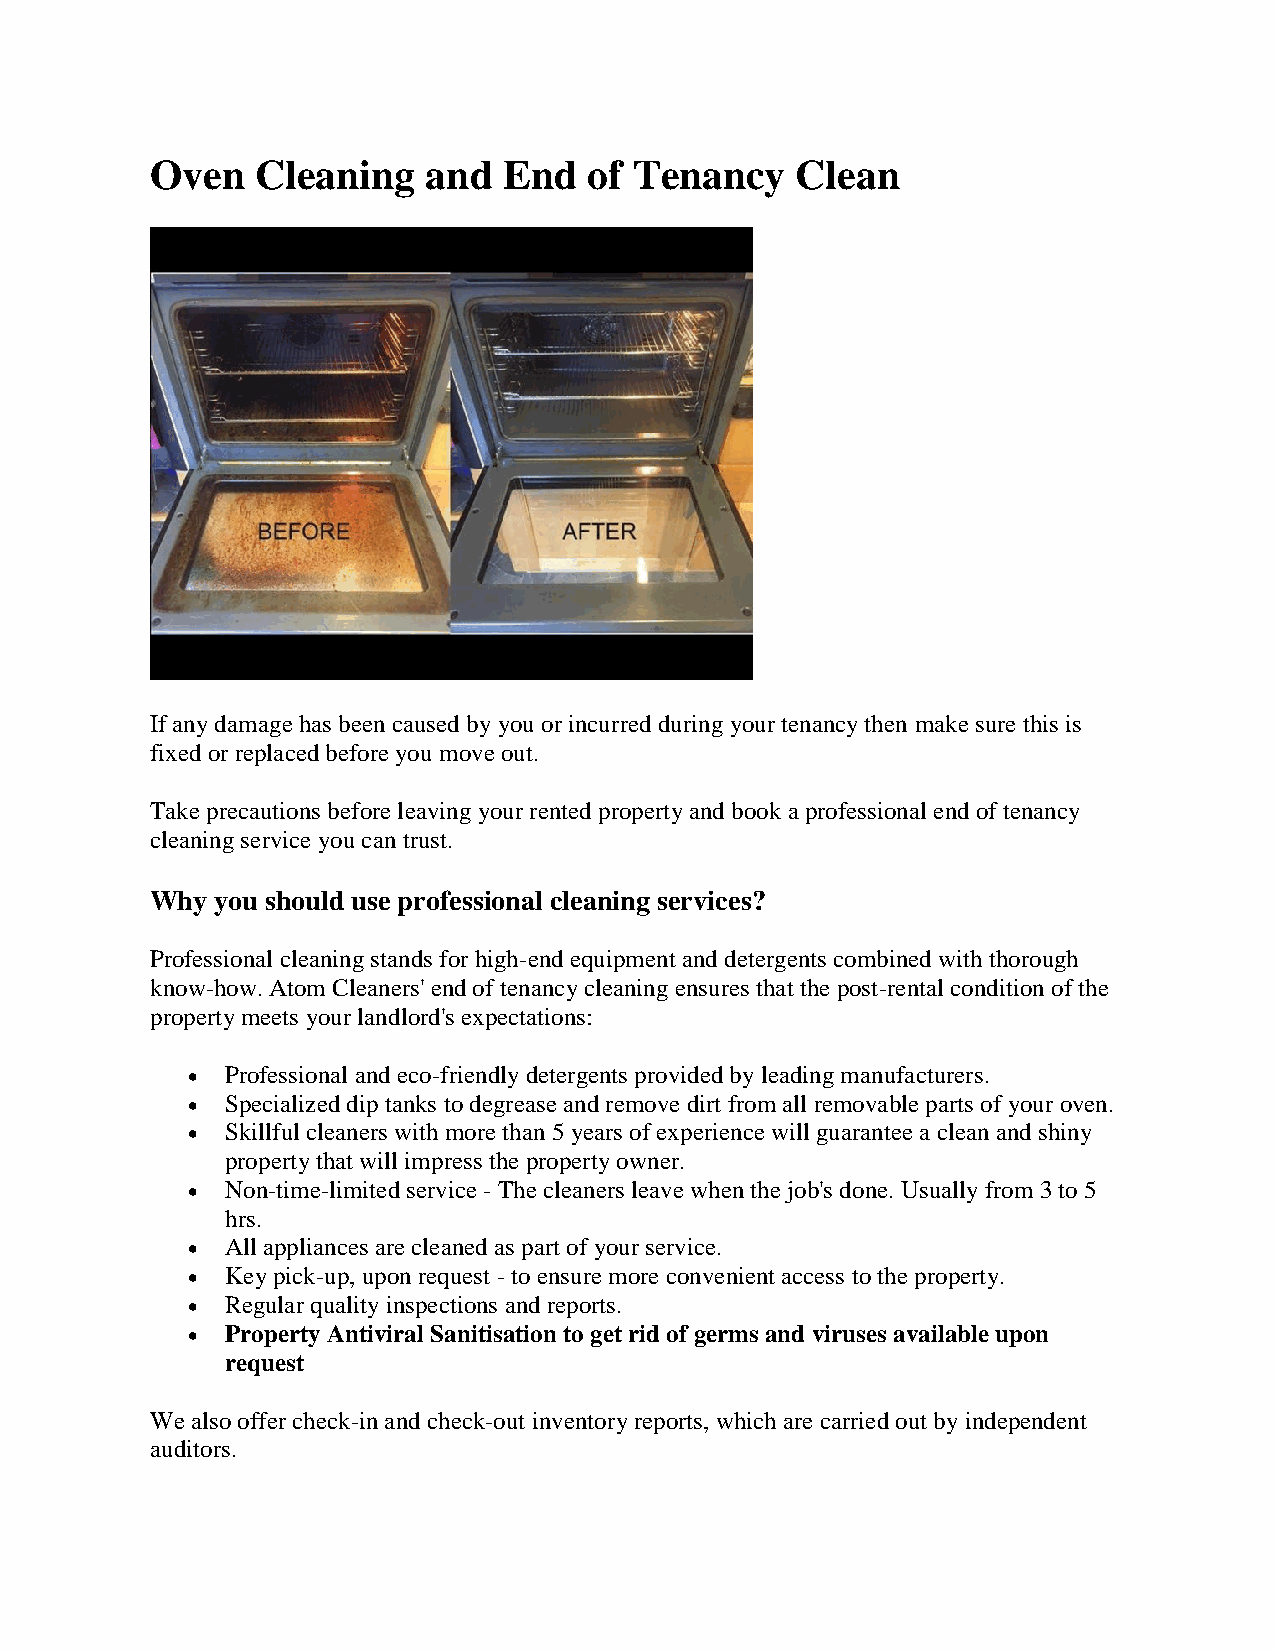
Oven   Cleaning   and  End   of Tenancy    Clean
 If any damage has been caused by you or incurred during your tenancy then make sure this is
 fixed or replaced before you move out.
 Take precautions before leaving your rented property and book a professional end of tenancy
 cleaning service you can trust.
 Why you should use professional cleaning services?
 Professional cleaning stands for high-end equipment and detergents combined with thorough
 know-how. Atom Cleaners' end of tenancy cleaning ensures that the post-rental condition of the
 property meets your landlord's expectations:
   Professional and eco-friendly detergents provided by leading manufacturers.
   Specialized dip tanks to degrease and remove dirt from all removable parts of your oven.
   Skillful cleaners with more than 5 years of experience will guarantee a clean and shiny
 property that will impress the property owner.
   Non-time-limited service - The cleaners leave when the job's done. Usually from 3 to 5
 hrs.
   All appliances are cleaned as part of your service.
   Key pick-up, upon request - to ensure more convenient access to the property.
   Regular quality inspections and reports.
   Property Antiviral Sanitisation to get rid of germs and viruses available upon
 request
 We also offer check-in and check-out inventory reports, which are carried out by independent
 auditors.